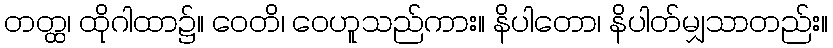
တတ္ထ၊ ထိုဂါထာ၌။ ဝေတိ၊ ဝေဟူသည်ကား။ နိပါတော၊ နိပါတ်မျှသာတည်း။